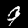
Label: 9